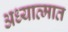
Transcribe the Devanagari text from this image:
अध्यात्मात